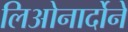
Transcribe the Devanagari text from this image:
लिओनार्दोने